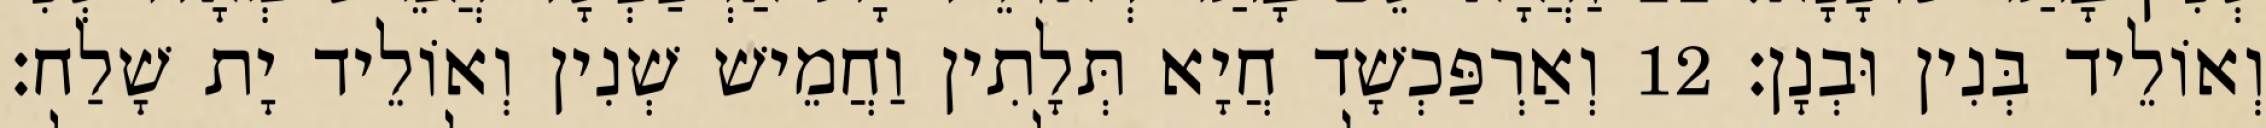
וְאוֹלֵיד בְּנִין וּבְנָן׃ 12 וְאַרְפַּכְשָׁד חֲיָא תְּלָתִין וַחֲמֵישׁ שְׁנִין וְאוֹלֵיד יָת שָׁלַח׃